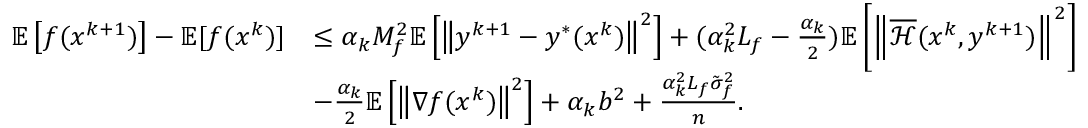
\begin{array} { r l } { \mathbb { E } \left[ f ( x ^ { k + 1 } ) \right] - \mathbb { E } [ f ( x ^ { k } ) ] } & { \leq \alpha _ { k } M _ { f } ^ { 2 } \mathbb { E } \left[ \left\| y ^ { k + 1 } - y ^ { * } ( x ^ { k } ) \right\| ^ { 2 } \right] + ( \alpha _ { k } ^ { 2 } L _ { f } - \frac { \alpha _ { k } } { 2 } ) \mathbb { E } \left[ \left\| \overline { { \mathcal { H } } } ( x ^ { k } , y ^ { k + 1 } ) \right\| ^ { 2 } \right] } \\ & { - \frac { \alpha _ { k } } { 2 } \mathbb { E } \left[ \left\| \nabla f ( x ^ { k } ) \right\| ^ { 2 } \right] + \alpha _ { k } b ^ { 2 } + \frac { \alpha _ { k } ^ { 2 } L _ { f } \tilde { \sigma } _ { f } ^ { 2 } } { n } . } \end{array}